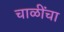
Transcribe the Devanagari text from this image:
चाळींचा